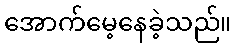
အောက်မေ့နေခဲ့သည်။